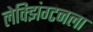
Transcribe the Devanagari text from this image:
लेक्झिंग्टनला